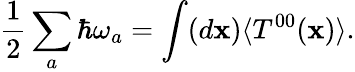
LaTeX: {\frac{1}{2}}\sum_{a}\hbar\omega_{a}=\int(d{\mathbf x})\langle T^{00}({\mathbf x})\rangle.